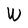
Character: W